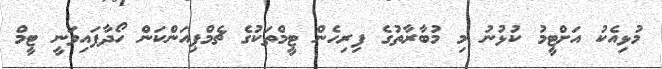
މުޅިއެކު އަށްޓީމު ކުޅުނު މި މުބާރާތުގެ ފިރިހެން ޓީމްތަކުގެ ޗެމްޕިއަންކަން ހޯދާފައިވަނީ ޓީމް